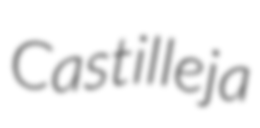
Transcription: Castilleja